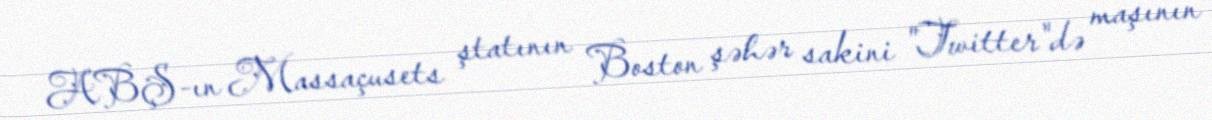
ABŞ-ın Massaçusets ştatının Boston şəhər sakini "Twitter"də maşının